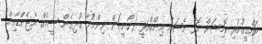
ތަހްގީގުކުރި ކޮމިޝަން އޮފް ނެޝަން އިންކްއަރީ (ކޯނީ)ން ނިންމުމާ ގުޅިގެން ސީމެގް އެޖެންޑާއިން